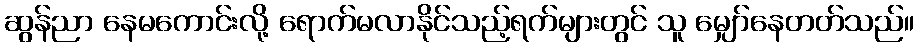
ဆွန်ညာ နေမကောင်းလို့ ရောက်မလာနိုင်သည့်ရက်များတွင် သူ မျှော်နေတတ်သည်။